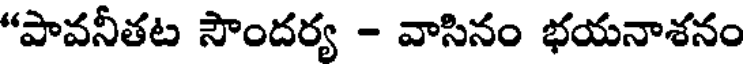
"పావనీతట సౌందర్య - వాసినం భయనాశనం